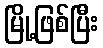
မြို့ဖြစ်ပြီး